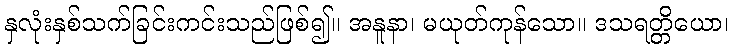
နှလုံးနှစ်သက်ခြင်းကင်းသည်ဖြစ်၍။ အနူနာ၊ မယုတ်ကုန်သော။ ဒသရတ္တိယော၊